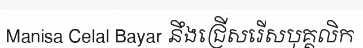
Manisa Celal Bayar នឹងជ្រើសរើសបុគ្គលិក